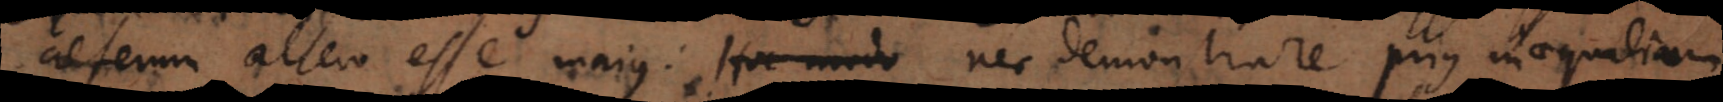
alterum altero esse majus: Hoc modo nec demonstrare prius inaequalium